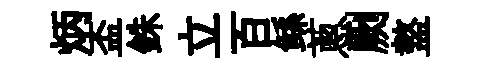
炳盃銖立百鲧蔥劂盩